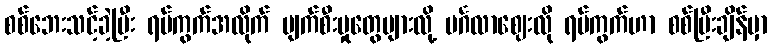
စစ်ဘေးသင့်ခဲ့ပြီး ရပ်ကွက်အလိုက် ပျက်စီးမှုတွေများလို့ မင်္ဂလာဈေးလို ရပ်ကွက်ဟာ စစ်ပြီးချိန်မှာ